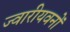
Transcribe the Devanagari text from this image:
ज्वारीयवनों